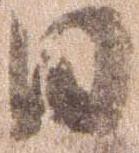
日